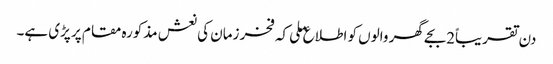
دن تقریباً2بجے گھر والوں کو اطلاع ملی کہ فخر زمان کی نعش مذکورہ مقام پر پڑی ہے۔